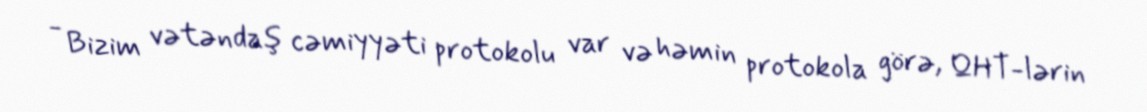
- Bizim vətəndaş cəmiyyəti protokolu var və həmin protokola görə, QHT-lərin